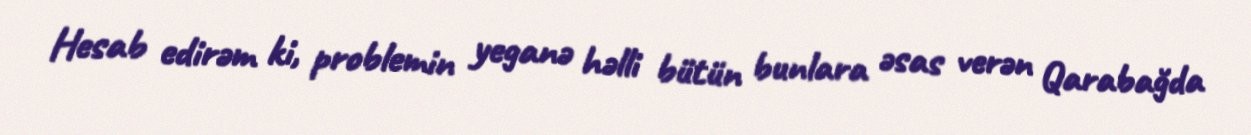
Hesab edirəm ki, problemin yeganə həlli bütün bunlara əsas verən Qarabağda